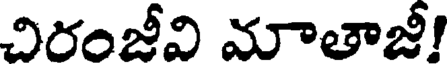
చిరంజీవి మాతాజీ!